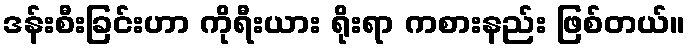
ဒန်းစီးခြင်းဟာ ကိုရီးယား ရိုးရာ ကစားနည်း ဖြစ်တယ်။